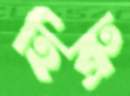
হিব্রু